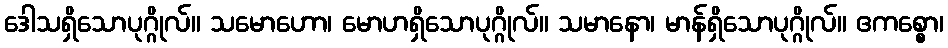
ဒေါသရှိသောပုဂ္ဂိုလ်။ သမောဟော၊ မောဟရှိသောပုဂ္ဂိုလ်။ သမာနော၊ မာန်ရှိသောပုဂ္ဂိုလ်။ ဧကစ္စော၊